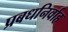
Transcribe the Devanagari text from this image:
प्रबधनिर्वाह